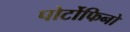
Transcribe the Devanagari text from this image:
पोर्टोफिनो